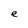
Character: e